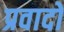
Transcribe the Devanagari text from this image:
प्रवादों